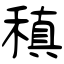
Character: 稹